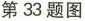
第33题图